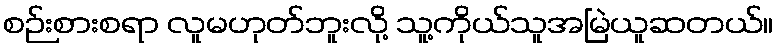
စဉ်းစားစရာ လူမဟုတ်ဘူးလို့ သူ့ကိုယ်သူအမြဲယူဆတယ်။